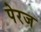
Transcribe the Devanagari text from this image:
पेरज